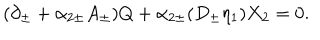
LaTeX: ( \partial _ { \pm } + \alpha _ { 2 \pm } A _ { \pm } ) Q + \alpha _ { 2 \pm } ( D _ { \pm } \eta _ { 1 } ) X _ { 2 } = 0 .